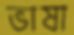
ভাষা